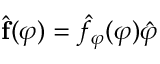
\hat { { \mathbf f } } ( \varphi ) = \hat { f } _ { \varphi } ( \varphi ) \hat { \varphi }